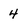
Character: 4